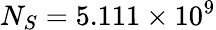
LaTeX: N_{S}=5.111\times 10^{9}